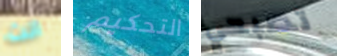
انت التحكيم تصبحي